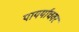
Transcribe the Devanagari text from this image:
पायर्याचवर